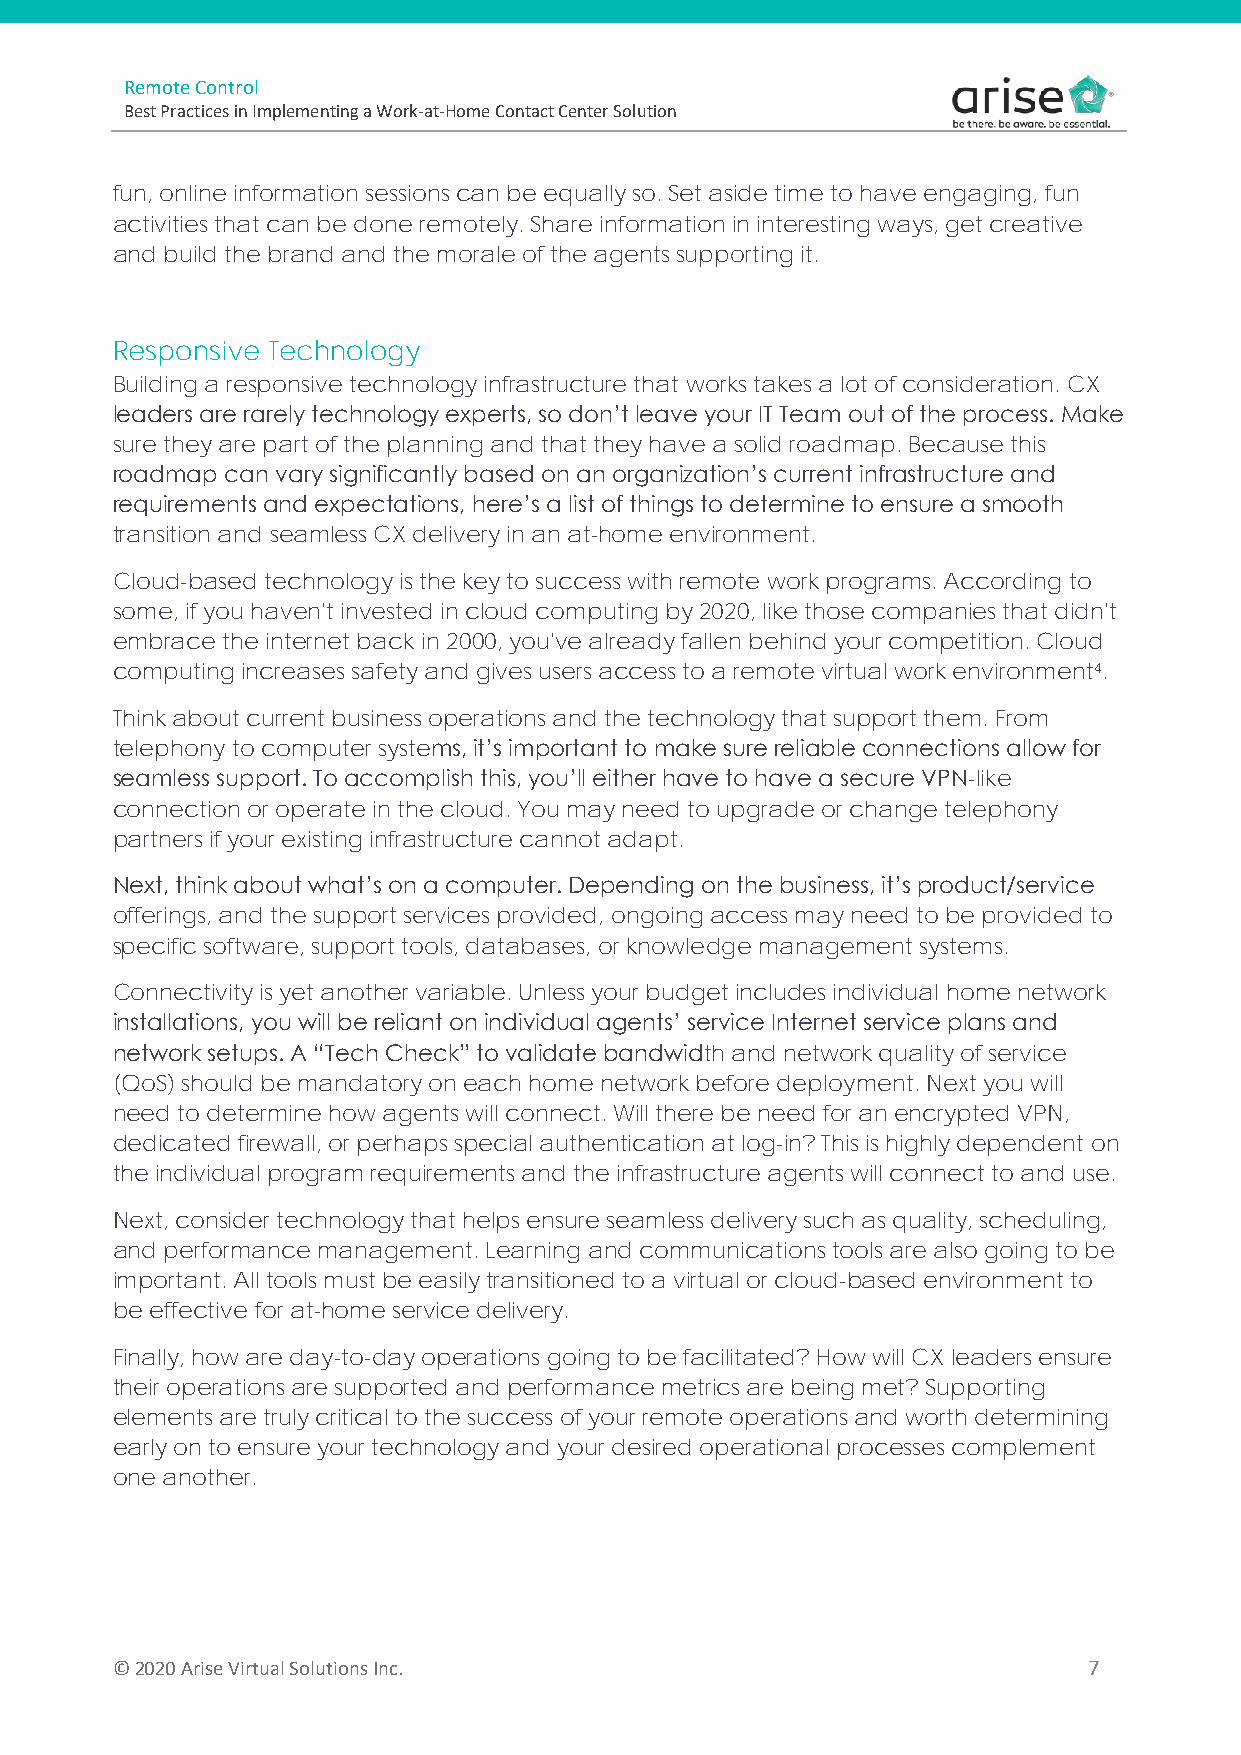
Remote Control
 Best Practices in Implementing a Work-at-Home Contact Center Solution
 fun, online information sessions can be equally so. Set aside time to have engaging, fun
 activities that can be done remotely. Share information in interesting ways, get creative
 and build the brand and the morale of the agents supporting it.
 Responsive Technology
 Building a responsive technology infrastructure that works takes a lot of consideration. CX
 leaders are rarely technology experts, so don’t leave your IT Team out of the process. Make
 sure they are part of the planning and that they have a solid roadmap. Because this
 roadmap can vary significantly based on an organization’s current infrastructure and
 requirements and expectations, here’s a list of things to determine to ensure a smooth
 transition and seamless CX delivery in an at-home environment.
 Cloud-based technology is the key to success with remote work programs. According to
 some, if you haven't invested in cloud computing by 2020, like those companies that didn't
 embrace the internet back in 2000, you've already fallen behind your competition. Cloud
 computing increases safety and gives users access to a remote virtual work environment4.
 Think about current business operations and the technology that support them. From
 telephony to computer systems, it’s important to make sure reliable connections allow for
 seamless support. To accomplish this, you’ll either have to have a secure VPN-like
 connection or operate in the cloud. You may need to upgrade or change telephony
 partners if your existing infrastructure cannot adapt.
 Next, think about what’s on a computer. Depending on the business, it’s product/service
 offerings, and the support services provided, ongoing access may need to be provided to
 specific software, support tools, databases, or knowledge management systems.
 Connectivity is yet another variable. Unless your budget includes individual home network
 installations, you will be reliant on individual agents’ service Internet service plans and
 network setups. A “Tech Check” to validate bandwidth and network quality of service
 (QoS) should be mandatory on each home network before deployment. Next you will
 need to determine how agents will connect. Will there be need for an encrypted VPN,
 dedicated firewall, or perhaps special authentication at log-in? This is highly dependent on
 the individual program requirements and the infrastructure agents will connect to and use.
 Next, consider technology that helps ensure seamless delivery such as quality, scheduling,
 and performance management. Learning and communications tools are also going to be
 important. All tools must be easily transitioned to a virtual or cloud-based environment to
 be effective for at-home service delivery.
 Finally, how are day-to-day operations going to be facilitated? How will CX leaders ensure
 their operations are supported and performance metrics are being met? Supporting
 elements are truly critical to the success of your remote operations and worth determining
 early on to ensure your technology and your desired operational processes complement
 one another.
 ©️ 2020 Arise Virtual Solutions Inc.                             7